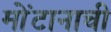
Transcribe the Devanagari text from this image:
मोंटानाची